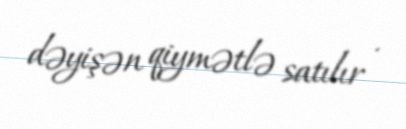
dəyişən qiymətlə satılır .